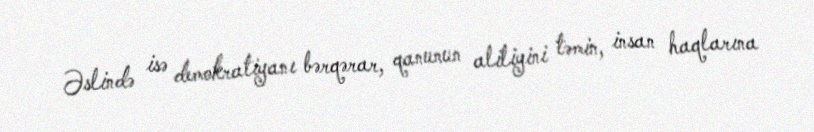
Əslində isə demokratiyanı bərqərar, qanunun aliliyini təmin, insan haqlarına